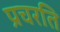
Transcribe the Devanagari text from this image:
प्रचरति